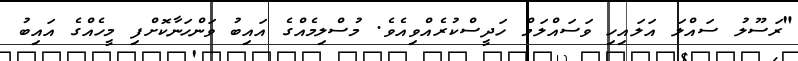
"ރަސޫލު ސައްލަ އަލައިހި ވަސައްލަމް ހަދީސްކުރެއްވިއެވެ. މުސްލިމެއްގެ އައިބު ވަންހަނާކޮށްފި މީހެއްގެ އައިބު